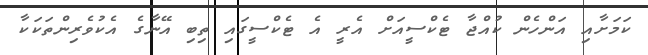
ކަމަށާއި އަންހެން ކުއްޖާ ޓެކްސީއަށް އެރީ އެ ޓެކްސީގައި ތިބި އޭނާގެ އެކުވެރިންތަކަކާ